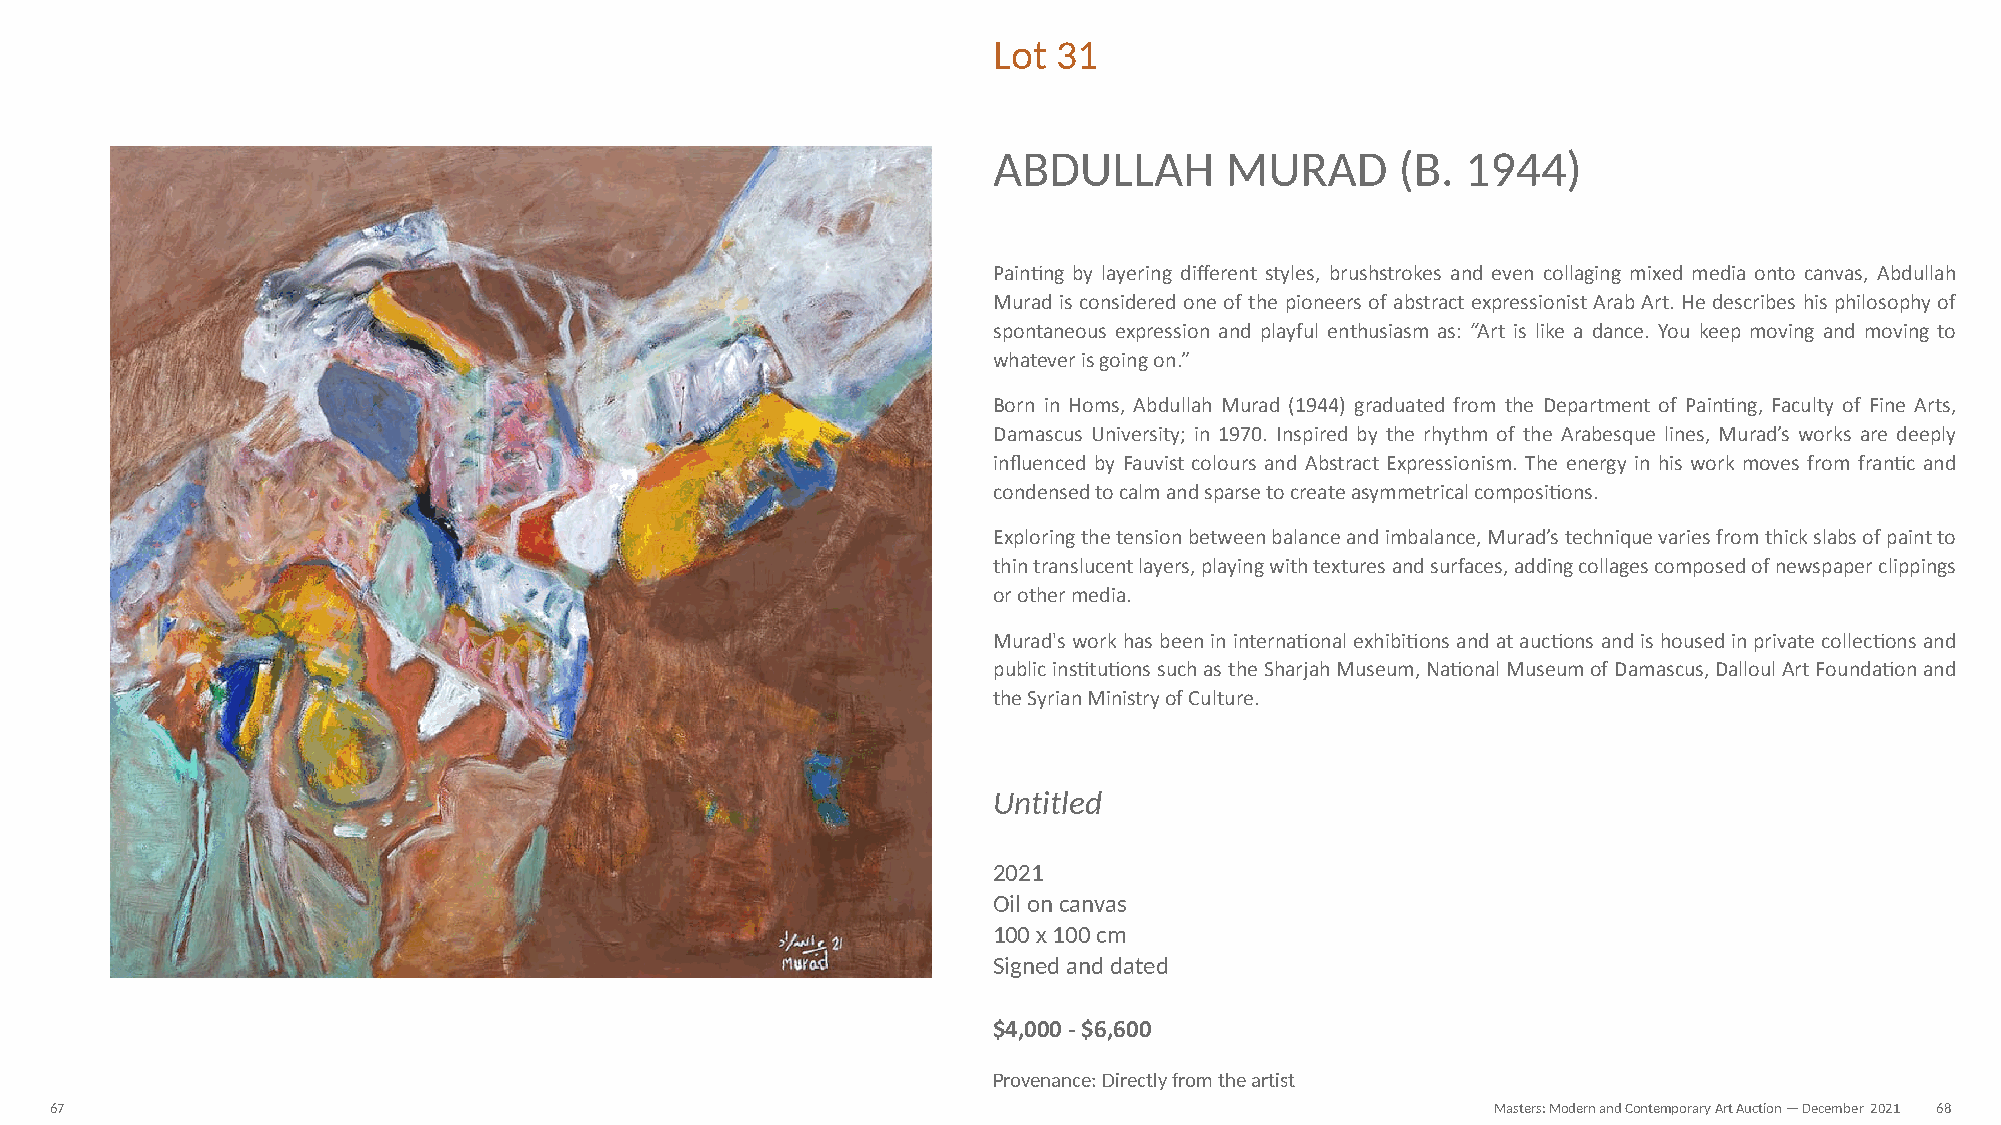
Lot 31
 ABDULLAH       MURAD       (B. 1944)
 PainNng by layering different styles, brushstrokes and even collaging mixed media onto canvas, Abdullah
 Murad is considered one of the pioneers of abstract expressionist Arab Art. He describes his philosophy of
 spontaneous expression and playful enthusiasm as: “Art is like a dance. You keep moving and moving to
 whatever is going on.”
 Born in Homs, Abdullah Murad (1944) graduated from the Department of PainNng, Faculty of Fine Arts,
 Damascus University; in 1970. Inspired by the rhythm of the Arabesque lines, Murad’s works are deeply
 influenced by Fauvist colours and Abstract Expressionism. The energy in his work moves from franNc and
 condensed to calm and sparse to create asymmetrical composiNons.
 Exploring the tension between balance and imbalance, Murad’s technique varies from thick slabs of paint to
 thin translucent layers, playing with textures and surfaces, adding collages composed of newspaper clippings
 or other media.
 Murad's work has been in internaNonal exhibiNons and at aucNons and is housed in private collecNons and
 public insNtuNons such as the Sharjah Museum, NaNonal Museum of Damascus, Dalloul Art FoundaNon and
 the Syrian Ministry of Culture.
 Untitled
 2021
 Oil on canvas
 100 x 100 cm
 Signed and dated
 $4,000 - $6,600
 Provenance: Directly from the artist
 67                                                                                              Masters: Modern and Contemporary Art Auction — December 2021 68